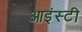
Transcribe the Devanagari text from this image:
आइंस्टी